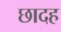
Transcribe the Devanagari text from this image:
छादह